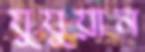
যুযুয়ান